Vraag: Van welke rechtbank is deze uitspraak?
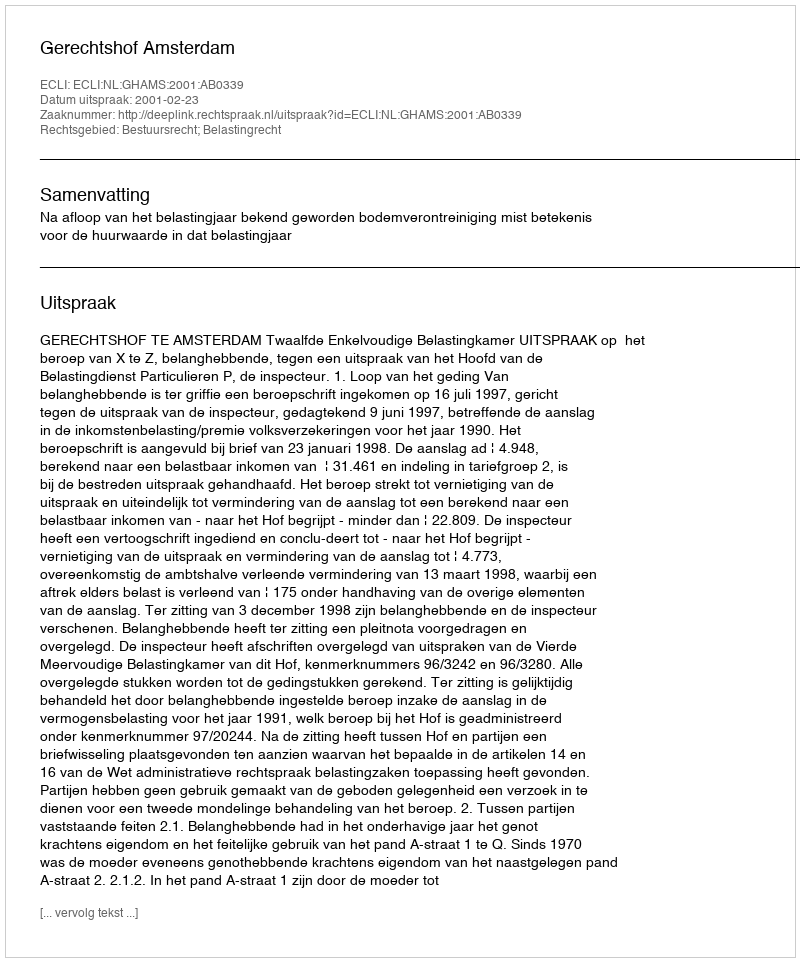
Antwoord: Gerechtshof Amsterdam